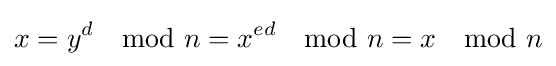
x=y^{d}\mod n=x^{ed}\mod n=x\mod n